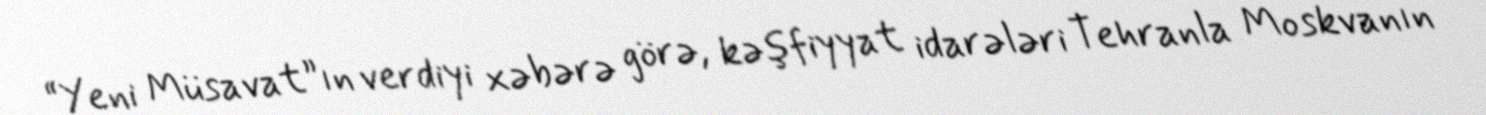
“Yeni Müsavat”ın verdiyi xəbərə görə, kəşfiyyat idarələri Tehranla Moskvanın